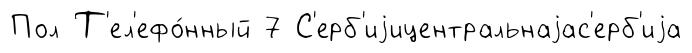
Пол Т'ел'ефо́нный 7 С'ерб'иjицентральнаjас'ерб'иjа